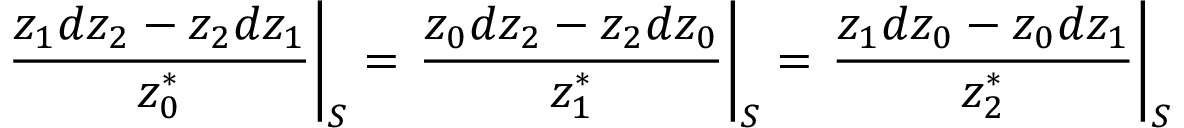
\left. { \frac { z _ { 1 } d z _ { 2 } - z _ { 2 } d z _ { 1 } } { z _ { 0 } ^ { * } } } \right| _ { S } = \left. { \frac { z _ { 0 } d z _ { 2 } - z _ { 2 } d z _ { 0 } } { z _ { 1 } ^ { * } } } \right| _ { S } = \left. { \frac { z _ { 1 } d z _ { 0 } - z _ { 0 } d z _ { 1 } } { z _ { 2 } ^ { * } } } \right| _ { S }